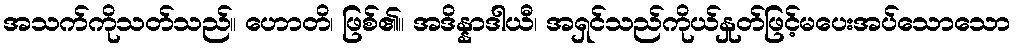
အသက်ကိုသတ်သည်။ ဟောတိ၊ ဖြစ်၏။ အဒိန္နာဒါယီ၊ အရှင်သည်ကိုယ်နှုတ်ဖြင့်မပေးအပ်သောသော